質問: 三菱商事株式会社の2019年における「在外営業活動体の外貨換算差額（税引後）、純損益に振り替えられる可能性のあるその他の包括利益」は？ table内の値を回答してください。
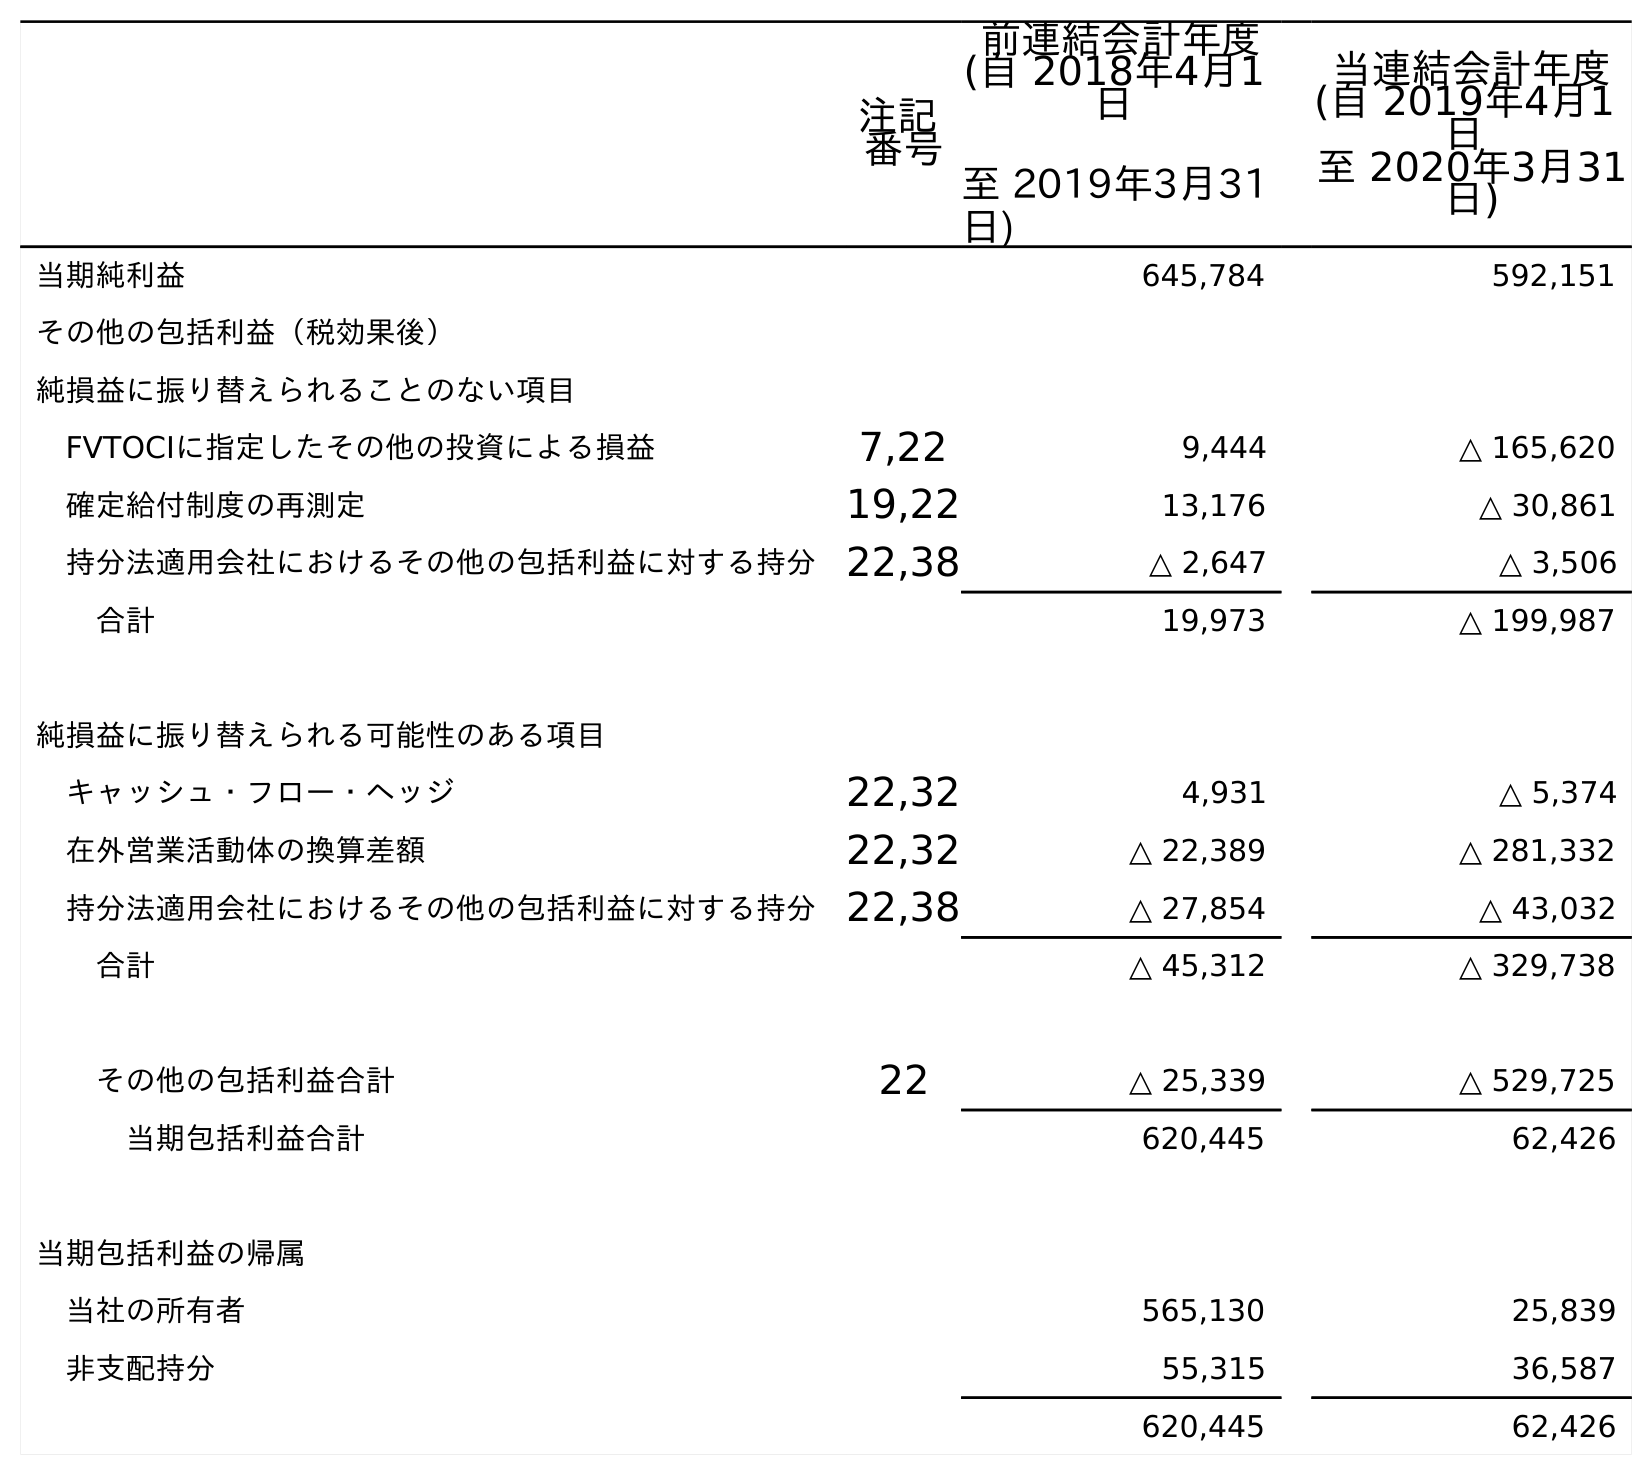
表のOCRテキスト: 注記 番号 前連結会計年度 (自 2018年4月1 日 至 2019年3月31 日) 当連結会計年度 (自 2019年4月1 日 至 2020年3月31 日) 当期純利益 645,784 592,151 その他の包括利益（税効果後） 純損益に振り替えられることのない項目 FVTOCIに指定したその他の投資による損益 7,22 9,444 △ 165,620 確定給付制度の再測定 19,22 13,176 △ 30,861 持分法適用会社におけるその他の包括利益に対する持分22,38 △ 2,647 △ 3,506 合計 19,973 △ 199,987 純損益に振り替えられる可能性のある項目 キャッシュ・フロー・ヘッジ 22,32 4,931 △ 5,374 在外営業活動体の換算差額 22,32 △ 22,389 △ 281,332 持分法適用会社におけるその他の包括利益に対する持分22,38 △ 27,854 △ 43,032 合計 △ 45,312 △ 329,738 その他の包括利益合計 22 △ 25,339 △ 529,725 当期包括利益合計 620,445 62,426 当期包括利益の帰属 当社の所有者 565,130 25,839 非支配持分 55,315 36,587 620,445 62,426
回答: △22,389